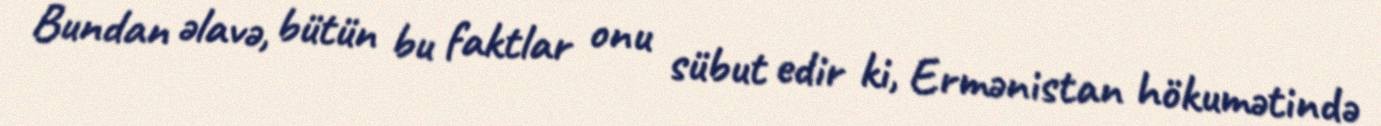
Bundan əlavə, bütün bu faktlar onu sübut edir ki, Ermənistan hökumətində